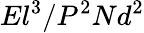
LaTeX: El^{3}/P^{2}Nd^{2}